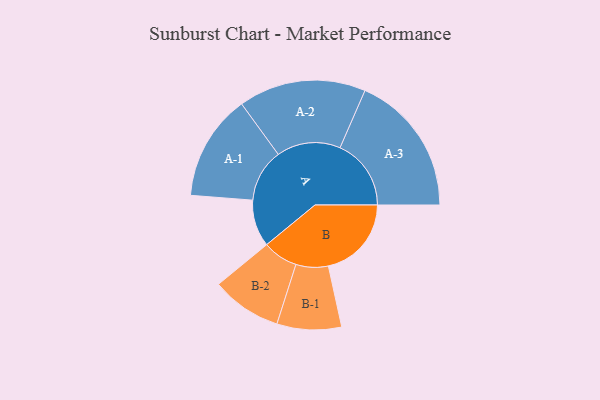
{"axis": {"x": "Segment", "y": "Value"}, "legend": ["", "A", "B"], "data": [{"x": "A", "y": 192, "type": ""}, {"x": "B", "y": 340, "type": ""}, {"x": "A-1", "y": 217, "type": "A"}, {"x": "A-2", "y": 261, "type": "A"}, {"x": "A-3", "y": 291, "type": "A"}, {"x": "B-1", "y": 132, "type": "B"}, {"x": "B-2", "y": 144, "type": "B"}]}